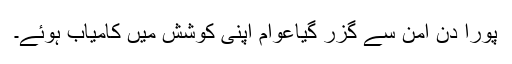
پورا دن امن سے گزر گیاعوام اپنی کوشش میں کامیاب ہوئے۔